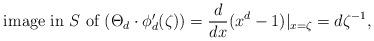
LaTeX: \begin{align*} \mbox{ image in $S$ of $(\Theta_d \cdot \phi_d'(\zeta))$} = \frac{d}{dx} (x^d-1) |_{x=\zeta} = d \zeta^{-1}, \end{align*}